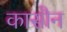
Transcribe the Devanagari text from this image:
कासौन